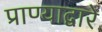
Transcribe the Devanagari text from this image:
प्राण्याद्वारे